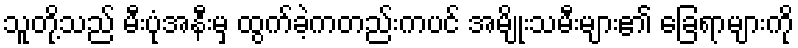
သူတို့သည် မီးပုံအနီးမှ ထွက်ခဲ့ကတည်းကပင် အမျိုးသမီးများ၏ ခြေရာများကို